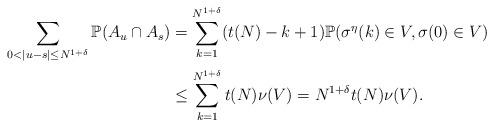
LaTeX: \begin{align*}\sum\limits_{0 < |u-s| \leq N^{1+ \delta}} \mathbb{P}(A_{u} \cap A_{s}) & = \sum\limits_{k=1}^{N^{1+\delta}} (t(N)-k+1) \mathbb{P}(\sigma^{\eta}(k) \in V, \sigma(0) \in V) \\& \leq \sum\limits_{k=1}^{N^{1+\delta}} t(N) \nu(V) = N^{1+\delta} t(N) \nu(V). \\\end{align*}